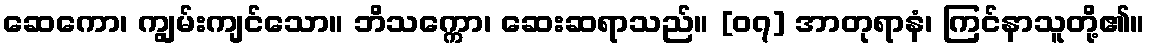
ဆေကော၊ ကျွမ်းကျင်သော။ ဘိသက္ကော၊ ဆေးဆရာသည်။ [၀၇] အာတုရာနံ၊ ကြင်နာသူတို့၏။